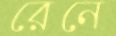
রেনে